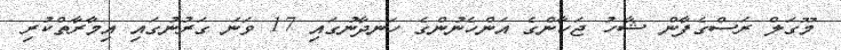
މޫގަލް ރަސްގެފާން ޝާހު ޖަހާންގެ އަންހެނުންގެ ހަނދާނުގައި 17 ވަނަ ގަރުނުގައި އިމާރާތްކުރި